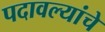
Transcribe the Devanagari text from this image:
पदावल्यांचे